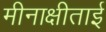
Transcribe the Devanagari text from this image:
मीनाक्षीताई